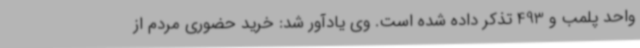
واحد پلمب و 493 تذکر داده شده است. وی یادآور شد: خرید حضوری مردم از